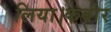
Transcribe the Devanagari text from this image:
लिया।कबीर